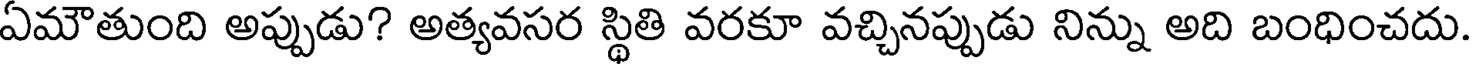
ఏమౌతుంది అప్పుడు? అత్యవసర స్థితి వరకూ వచ్చినప్పుడు నిన్ను అది బంధించదు.